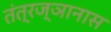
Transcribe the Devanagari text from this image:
तंत्रज्ञानास